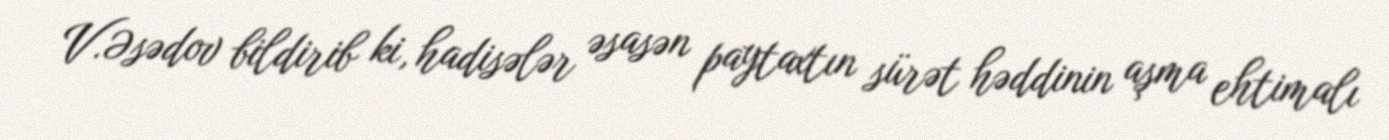
V.Əsədov bildirib ki, hadisələr əsasən paytaxtın sürət həddinin aşma ehtimalı